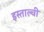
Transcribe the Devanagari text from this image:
इस्ताल्वी